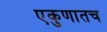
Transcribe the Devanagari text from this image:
एकुणातच